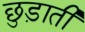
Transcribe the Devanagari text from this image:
छुड़ाती